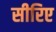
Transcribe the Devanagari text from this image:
सीरिए